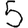
Digit: 5